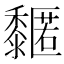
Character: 𪐌